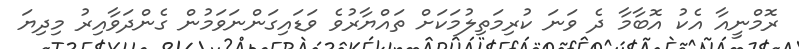
ރޮމްނީއާ އެކު އޮބާމާ ދެ ވަނަ ކުރިމަތިލުމަކަށް ތައްޔާރުވެ ވަޑައިގަންނަވަމުން ގެންދަވާއިރު މިދިޔަ